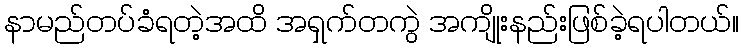
နာမည်တပ်ခံရတဲ့အထိ အရှက်တကွဲ အကျိုးနည်းဖြစ်ခဲ့ရပါတယ်။